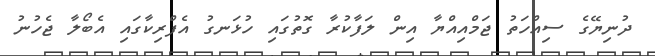
ދުނިޔޭގެ ސިއްހަތު ޖަމްއިއްޔާ އިން ލަފާކުރާ ގޮތުގައި ހުޅަނގު އެފްރިކާގައި އެބޯލާ ޖެހުނު